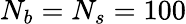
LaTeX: N_{b}=N_{s}=100